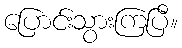
ပြောင်းသွားကြပြီ။